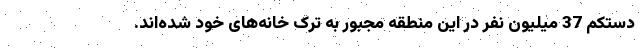
دستکم 37 میلیون نفر در این منطقه مجبور به ترک خانه‌های خود شده‌اند.